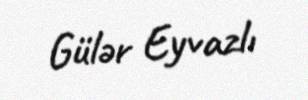
Gülər Eyvazlı